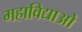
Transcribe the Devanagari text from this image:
महाविद्याओ